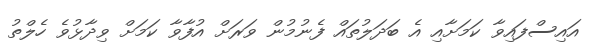
އައިސްފައިވާ ކަމަށާއި އެ ބަދަލުތައް ފެނުމުން ވަރަށް އުފާވާ ކަމަށް ވިދާޅުވެ ހެލްތު